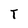
Character: T